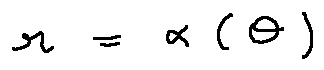
r = \alpha ( \theta )